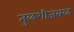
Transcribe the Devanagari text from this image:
तुळशीजवळ